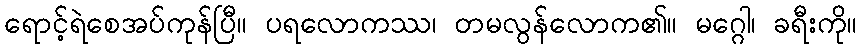
ရောင့်ရဲစေအပ်ကုန်ပြီ။ ပရလောကဿ၊ တမလွန်လောက၏။ မဂ္ဂေါ၊ ခရီးကို။